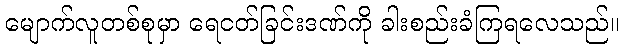
မျောက်လူတစ်စုမှာ ရေငတ်ခြင်းဒဏ်ကို ခါးစည်းခံကြရလေသည်။